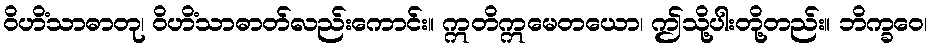
ဝိဟိံသာဓာတု၊ ဝိဟိံသာဓာတ်လည်းကောင်း။ ဣတိဣမေတယော၊ ဤသို့ပါးတို့တည်း။ ဘိက္ခဝေ၊